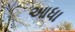
આધા